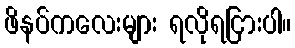
ဖိနပ်ကလေးများ ရလိုရငြားပါ။